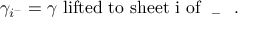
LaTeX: \gamma _ { i ^ { - } } = \gamma \mathrm { ~ l i f t e d ~ t o ~ s h e e t ~ i ~ o f ~ \Sigma _ { - } ~ } \ .